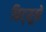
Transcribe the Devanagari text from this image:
फिट्सूत्रों